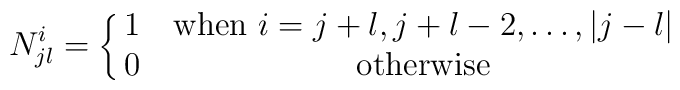
N^i_{jl}=\left\{\matrix{  1&{\rm when}~  i=j+l,j+l-2,\ldots, |j-l| \cr0&{\rm otherwise}\cr} \right.